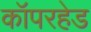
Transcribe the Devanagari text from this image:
कॉपरहेड